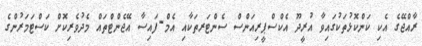
ރާއްޖޭގެ އެކި ކަންކޮޅުތަކުގައިވާ އުރީދޫ އެކްސްޕީރިއަންސް ސެންޓަރތަކާއި އެމް-ފައިސާ އޭޖެންޓްތައް މެދުވެރިކޮށް ކަސްޓަމަރުންގެ